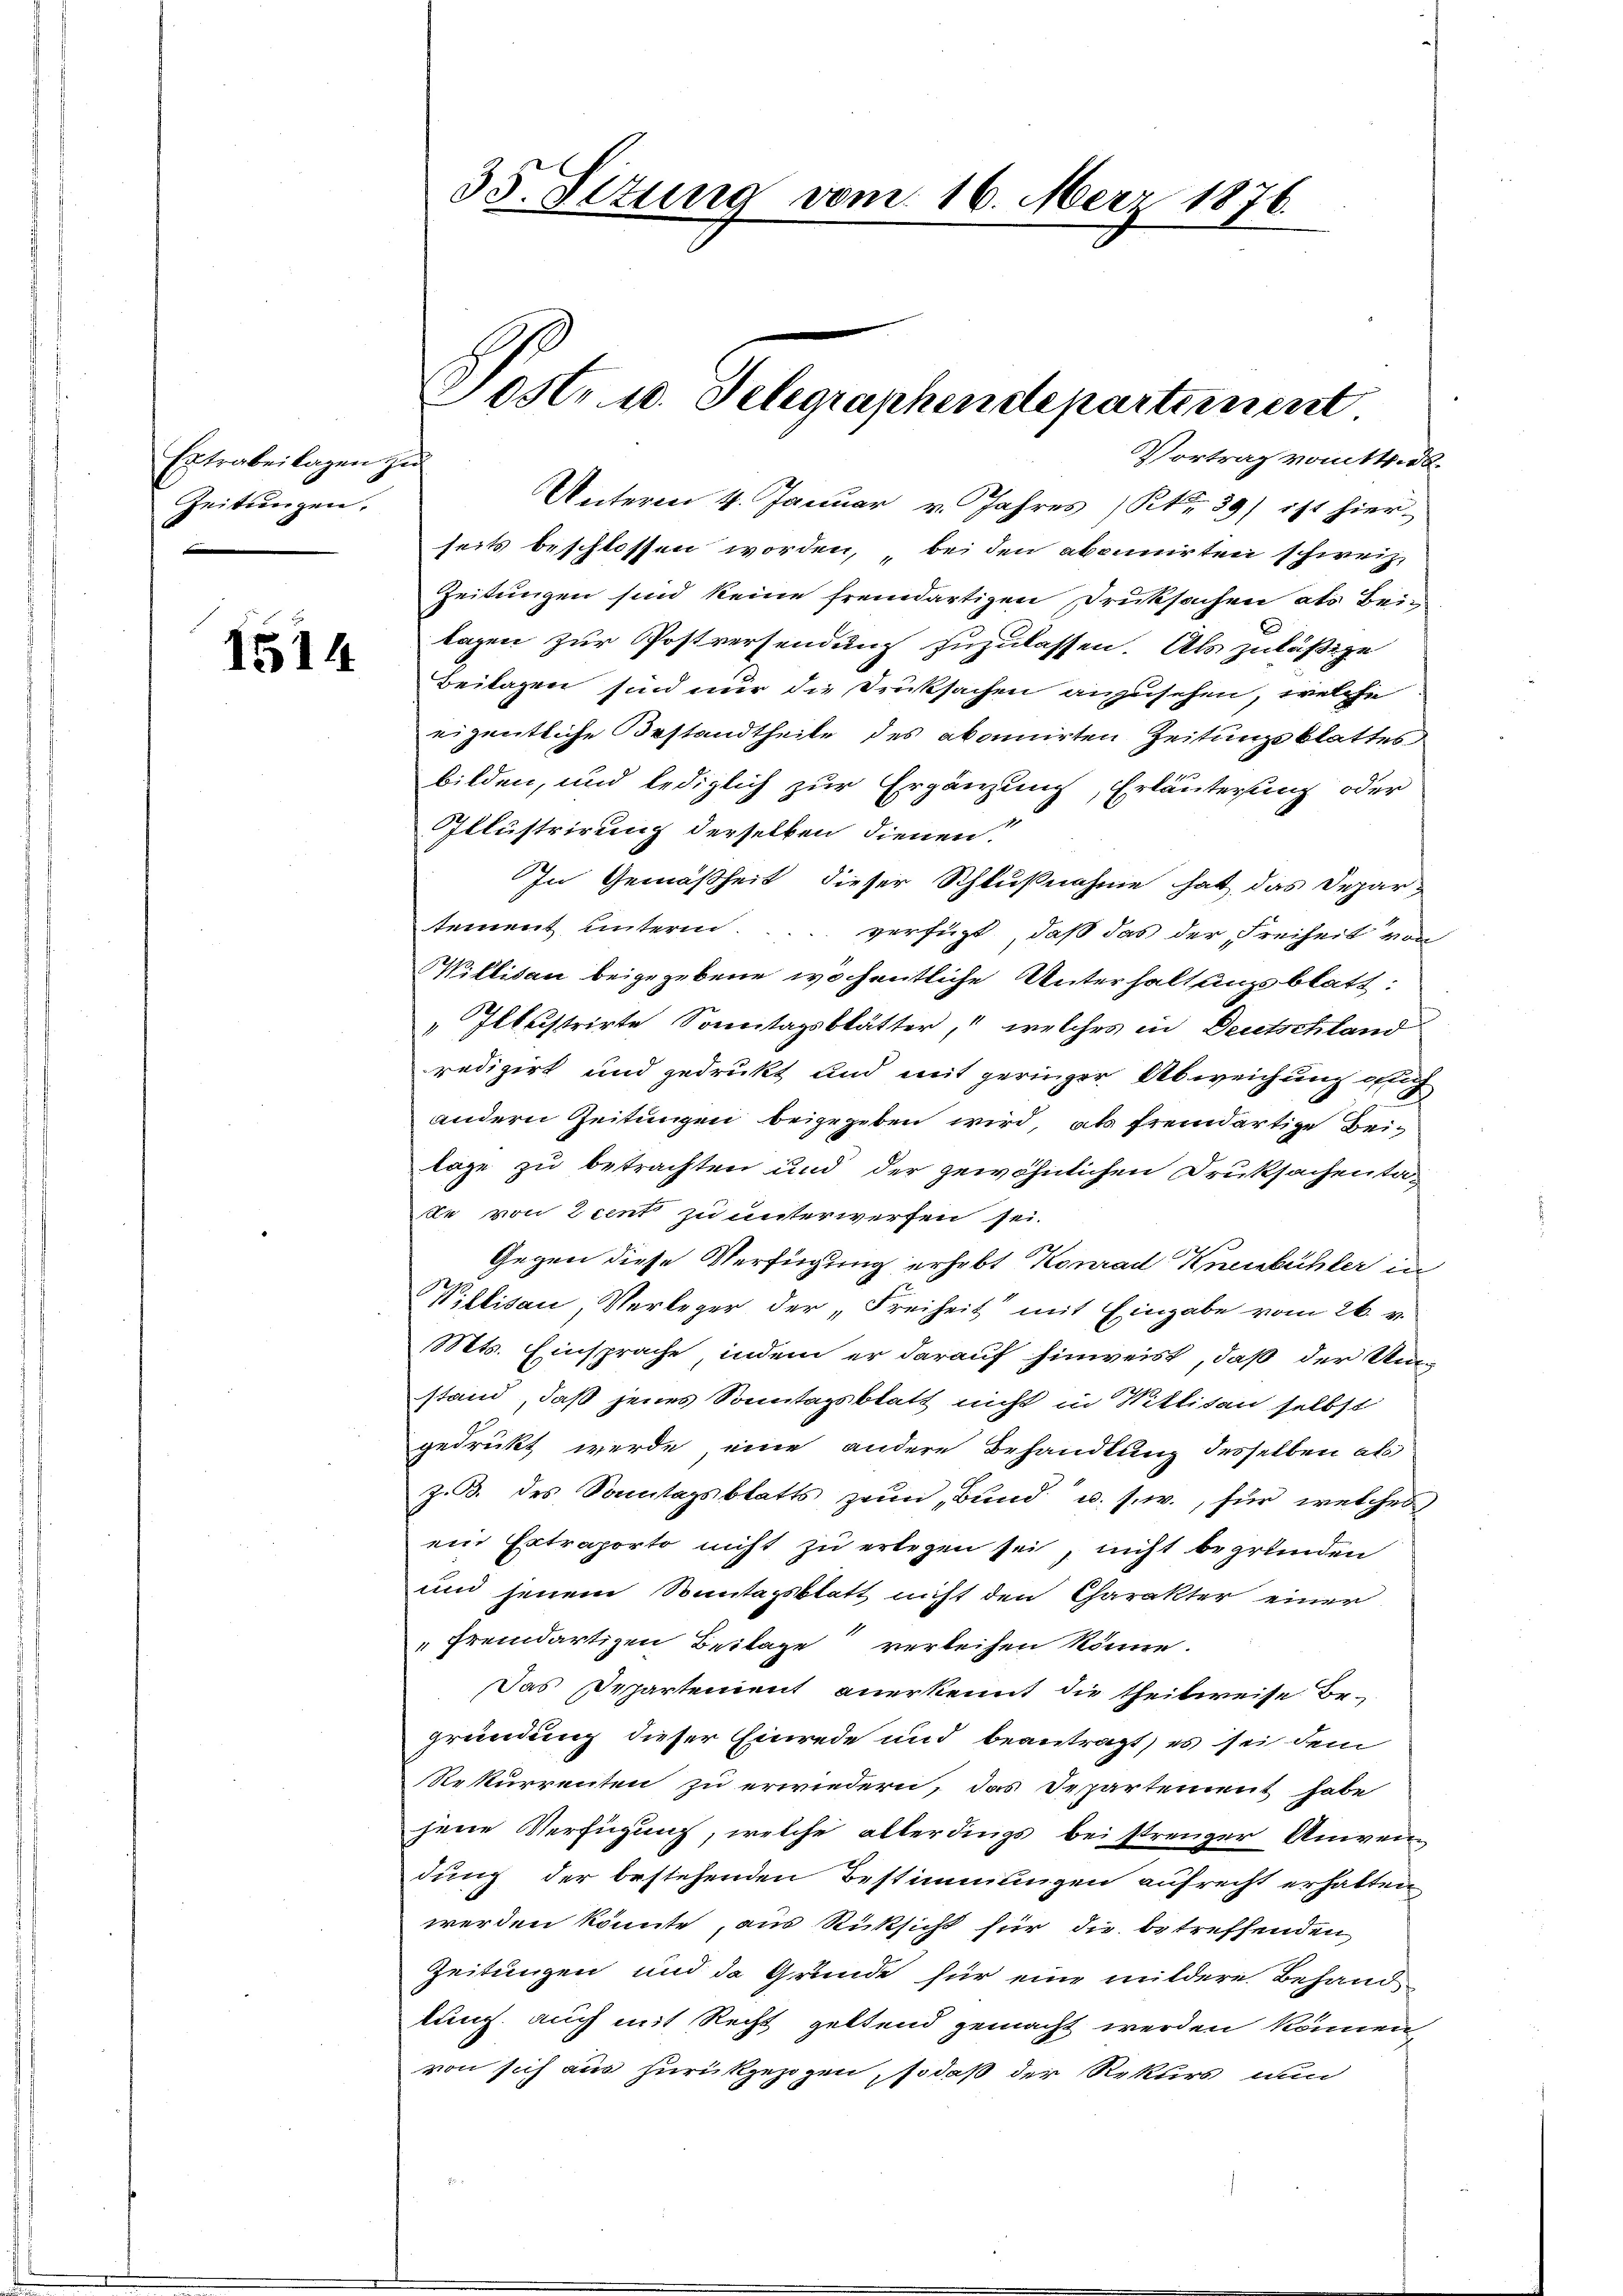
Extrabeilagen zu
Zeitungen.

1514

Unterm 4. Januar v. Jahres (Kt 39) ist hier-
seits beschlossen worden, bei den abonnirten schweiz.
Zeitungen sind keine fremdartigen Druksachen als Bei-
lagen zur Postversendung zuzulassen. Als zuläßige
Beilagen sind nur die Drucksachen anzusehen, welche
eigentliche Bestandtheile des abonnirten Zeitungsblattes
bilden, und lediglich zur Ergänzung, Erläuterung oder
Illustrirung derselben dienen.
In Gemäßheit dieser Schlußnahme hat das Departement unterm ... verfügt, daß das der Freiheit von
illisau beigegebene wöchentliche Unterhaltungsblatt:
" Illustrirte Sonntagsblätter, welches in Deutschland
redigirt und gedrukt und mit geringer Abweichung glich
andern Zeitungen beigegeben wird, als fremdartige Beilage zu betrachten und der gewöhnlichen Druksachentase von 2 cent zu unterwerfen sei.
Gegen diese Verfügung erhebt Konrad Knenbühler in
Villisau Verleger der „Freiheit mit Eingabe vom 26. v.
Mts. Einsprache, indem er darauf hinweist, daß der Unstand, daß jenes Sonntagsblatt nicht in Mittiten selbst
gedrückt werde eine andere Behandlung desselben als
z. B. des Sonntagsblatts zum „Bund“ u. s. w., für welches
ein Extraporto nicht zu erlegen sei, nicht begründen
und jenem Sonntagsblatt nicht den Charakter einer
fremdartigen Beilage verleihen könne.
Das Repartement anerkennt die theilweise Begründung dieser Einrede und beantragt, es sei dem
Rekurrenten zu erwiedern, das Departement habe
jene Verfügung, welche allerdings bei strenger Anwei
dung der bestehenden Bestimmungen aufrecht erhalten,
werden könnte, aus Rücksicht für die betreffenden
Zeitungen und de Grunde für eine mildere Behand
lung auch mit Recht geltend gemacht werden können,
von sich aus zurückgezogen, sodaß der Rekurs nun

35. Setung vom 16. März 1876.

Post- u. Selegraphendepartement
Vortrag vom 14. d.